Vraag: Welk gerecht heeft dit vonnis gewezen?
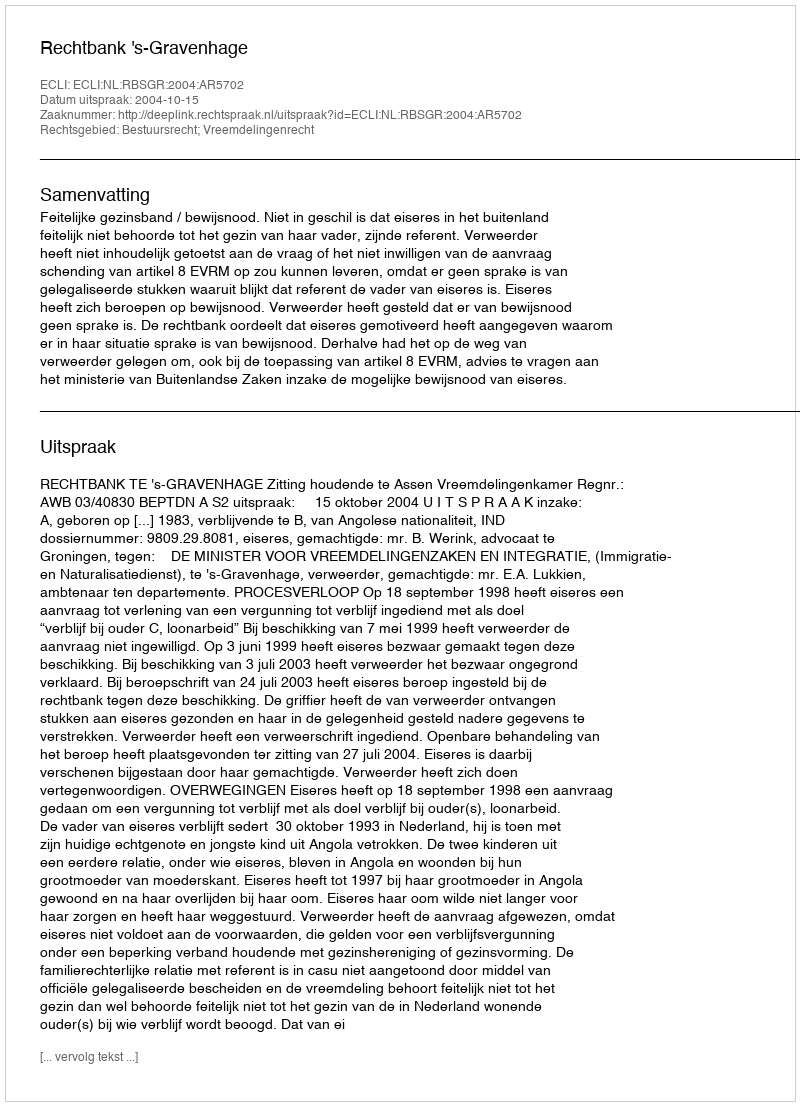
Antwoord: Rechtbank 's-Gravenhage